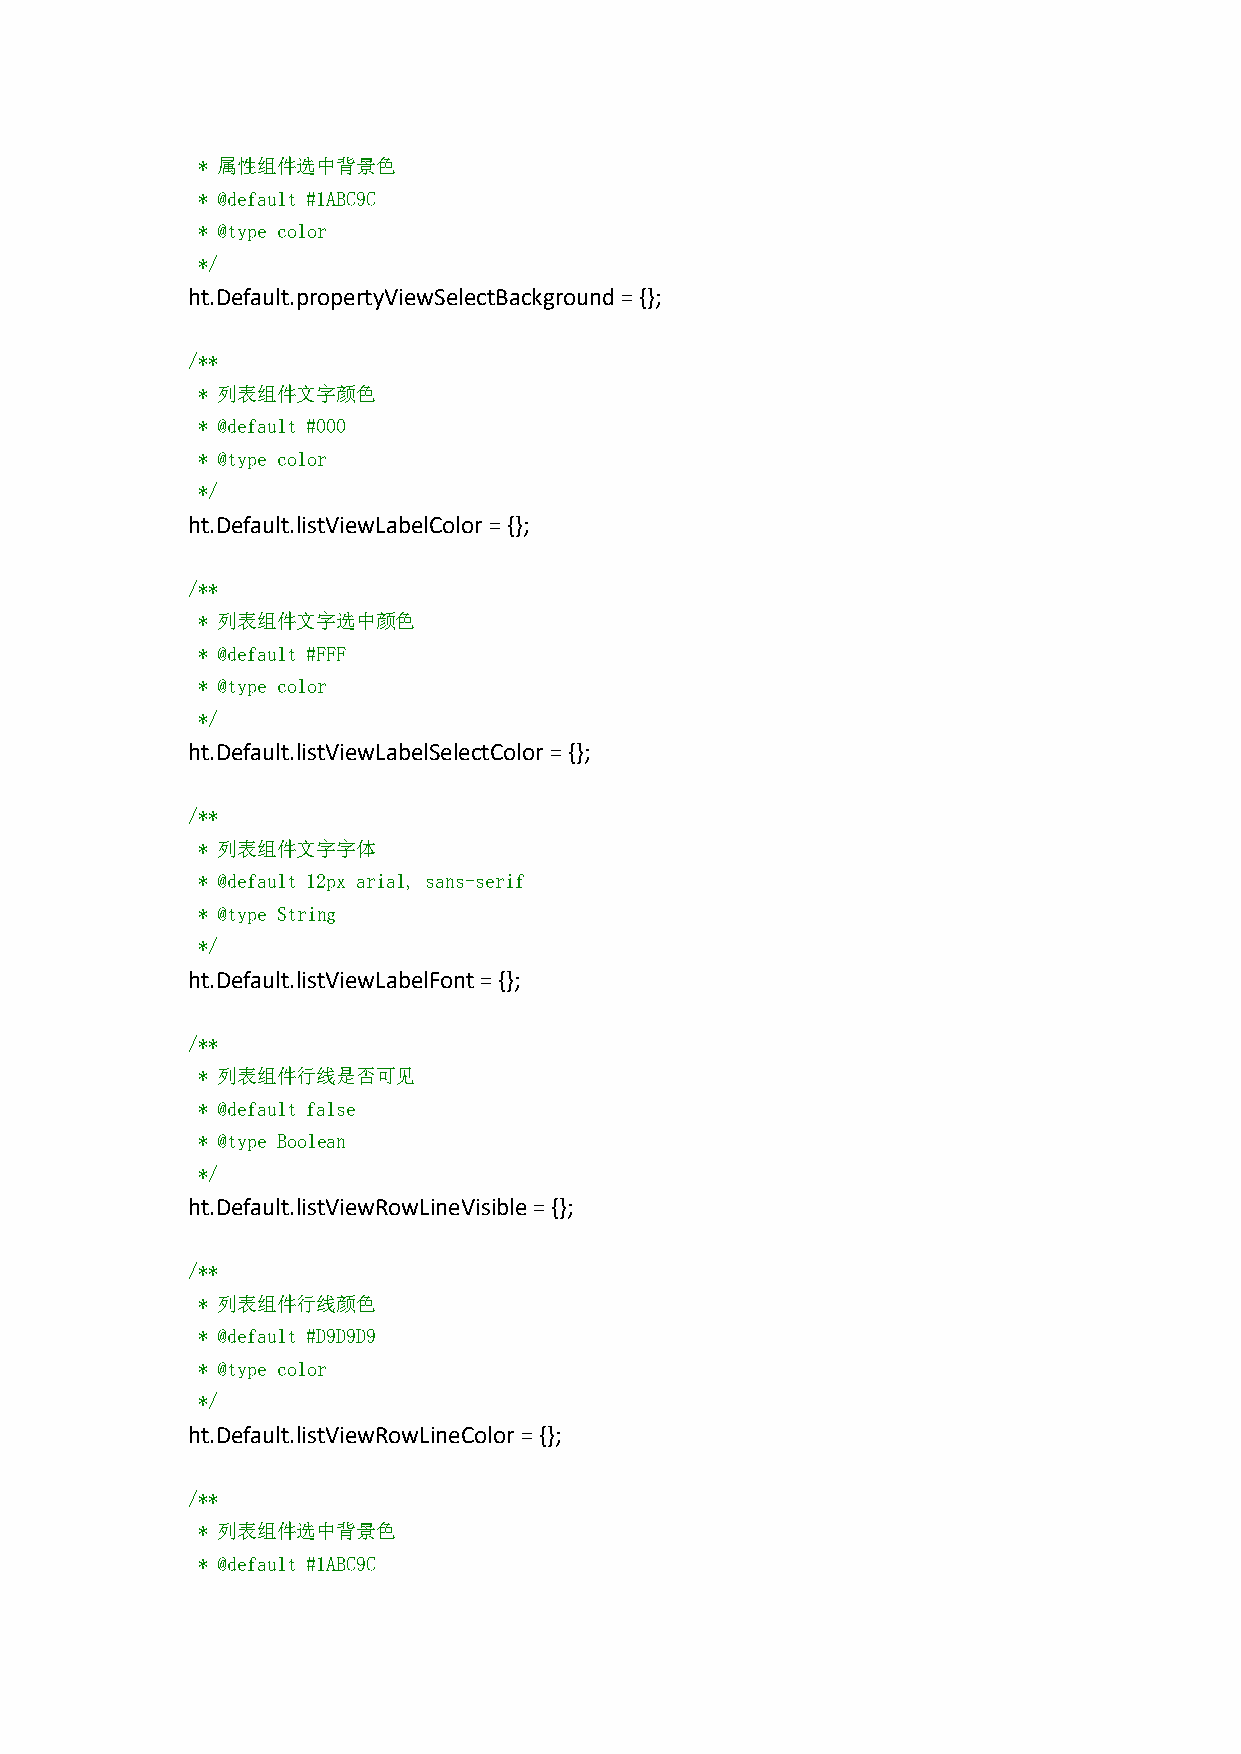
* 属性组件选中背景色
 * @default #1ABC9C
 * @type color
 */
 ht.Default.propertyViewSelectBackground={};
 /**
 * 列表组件文字颜色
 * @default #000
 * @type color
 */
 ht.Default.listViewLabelColor={};
 /**
 * 列表组件文字选中颜色
 * @default #FFF
 * @type color
 */
 ht.Default.listViewLabelSelectColor={};
 /**
 * 列表组件文字字体
 * @default 12px arial, sans-serif
 * @type String
 */
 ht.Default.listViewLabelFont={};
 /**
 * 列表组件行线是否可见
 * @default false
 * @type Boolean
 */
 ht.Default.listViewRowLineVisible={};
 /**
 * 列表组件行线颜色
 * @default #D9D9D9
 * @type color
 */
 ht.Default.listViewRowLineColor={};
 /**
 * 列表组件选中背景色
 * @default #1ABC9C